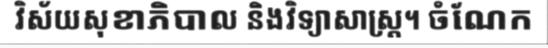
វិស័យសុខាភិបាល និងវិទ្យាសាស្ត្រ។ ចំណែក